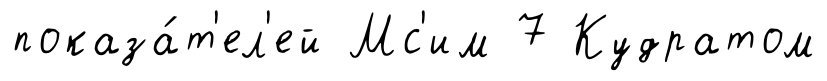
показа́т'ел'ей Мс'им 7 Кудратом